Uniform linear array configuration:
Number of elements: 48
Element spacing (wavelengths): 0.75
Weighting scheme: kaiser
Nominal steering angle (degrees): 0
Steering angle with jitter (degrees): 1.419
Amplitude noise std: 0.05
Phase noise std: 0.05

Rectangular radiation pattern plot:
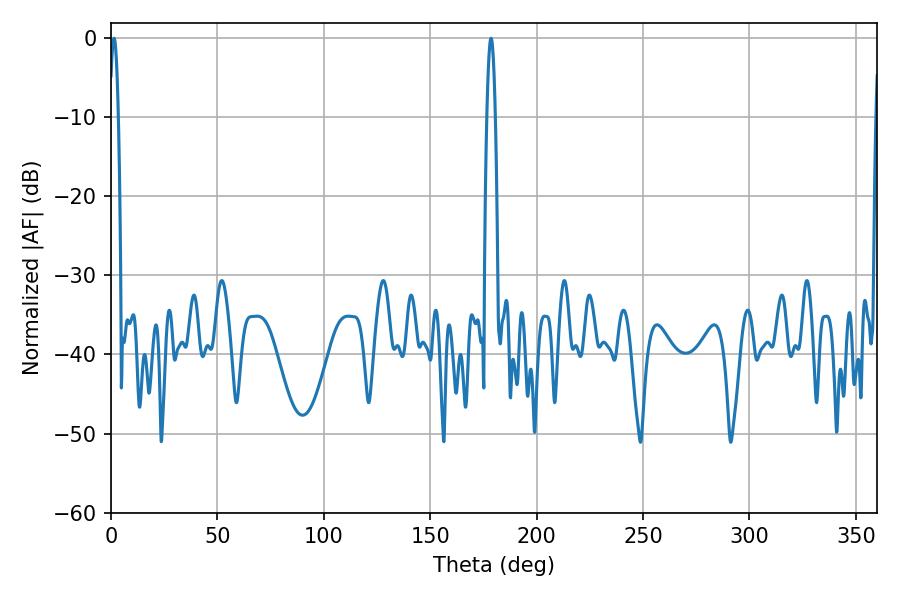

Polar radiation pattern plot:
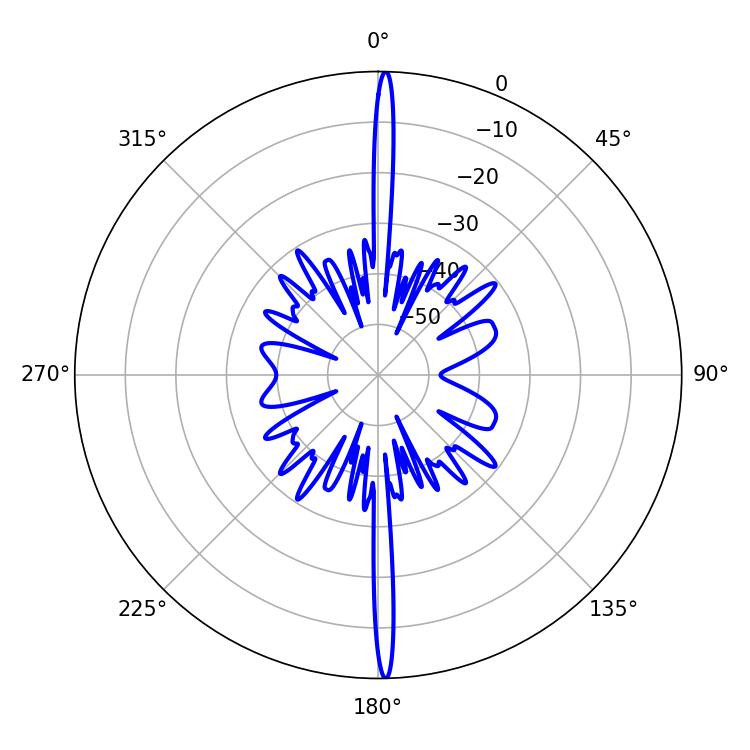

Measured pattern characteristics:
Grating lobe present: TRUE
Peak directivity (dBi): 29.779
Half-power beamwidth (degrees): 2.16
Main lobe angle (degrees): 1.44